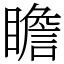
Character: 瞻